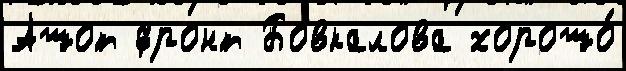
Ашот фронт Бовкалова хорошо́